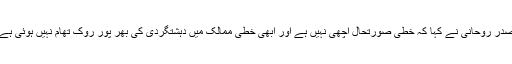
صدر روحانی نے کہا کہ خطی صورتحال اچھی نہیں ہے اور ابھی خطی ممالک میں دہشتگردی کی بھر پور روک تھام نہیں ہوئی ہے۔